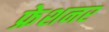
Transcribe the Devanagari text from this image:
फ्रेशनर